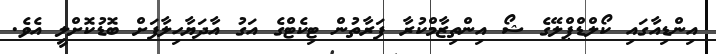
އިންޑިއާގައި ކޯލްޑްޕްލޭގެ ޝޯ އިންތިޒާމްކުރާ ފަރާތުން ޓިކެޓްގެ އަގު އާދަޔާހިލާފަށް ބޮޑުކޮށްލީ އެވެ.